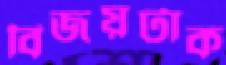
বিজয়টাক